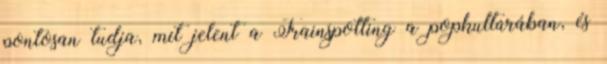
pontosan tudja, mit jelent a Trainspotting a popkultúrában, és